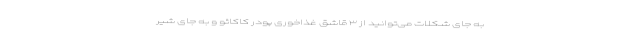
به جای شکلات می‌توانید از ۳ قاشق غذاخوری پودر کاکائو و به جای شیر